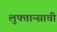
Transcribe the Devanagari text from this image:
लुफ्तान्साची